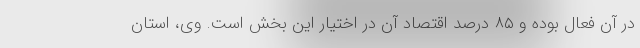
در آن فعال بوده و ۸۵ درصد اقتصاد آن در اختیار این بخش است. وی، استان